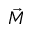
\vec { M }